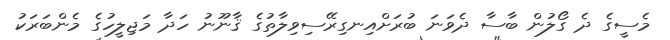
މެސީގެ ދެ ގޯލުން ބާސާ ދެވަނަ ބުރަށްއިނގިރޭސިވިލާތުގެ ޤާނޫނު ހަދާ މަޖިލީހުގެ މެންބަރަކު